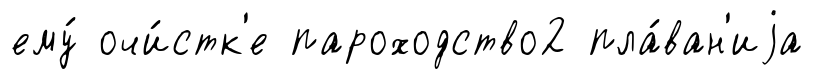
ему́ очи́стк'е пароходство2 пла́ван'иjа